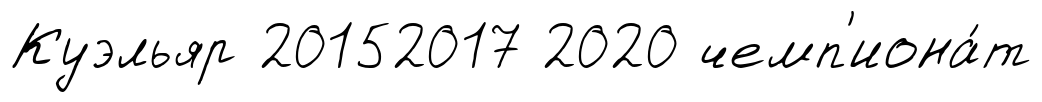
Куэльяр 20152017 2020 чемп'иона́т